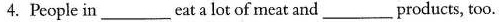
4. People in ___ eat a lot of meat and products, too.